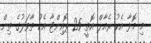
މި މޮޅާ އެކު ރެއާލް އޮތީ 25 ޕޮއިންޓާ އެކު ތާވަލުގެ ތިން